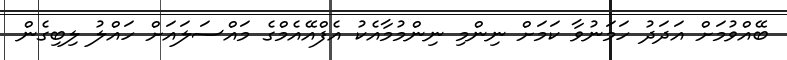
ބޭއްވުމަށް އަދަދު ހަމަނުވާ ކަމަށް ނިންމި ނިންމުމާއެކު އެފްއޭއެމްގެ މައްސަލައަށް ހައްލު ލިބިގެން